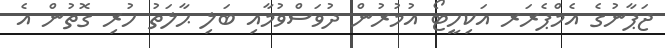
ޖަޕާނުގެ އެމްޕެރަރ އަކިހީޓޯ އުމުރުން ދުވަސްވުމާއި ބަލި ޙާލަތު ހުރި ގޮތުން އެ